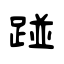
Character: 踫